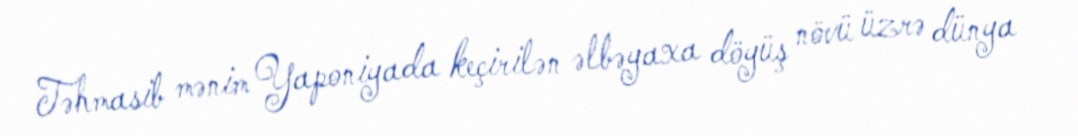
Təhmasib mənim Yaponiyada keçirilən əlbəyaxa döyüş növü üzrə dünya